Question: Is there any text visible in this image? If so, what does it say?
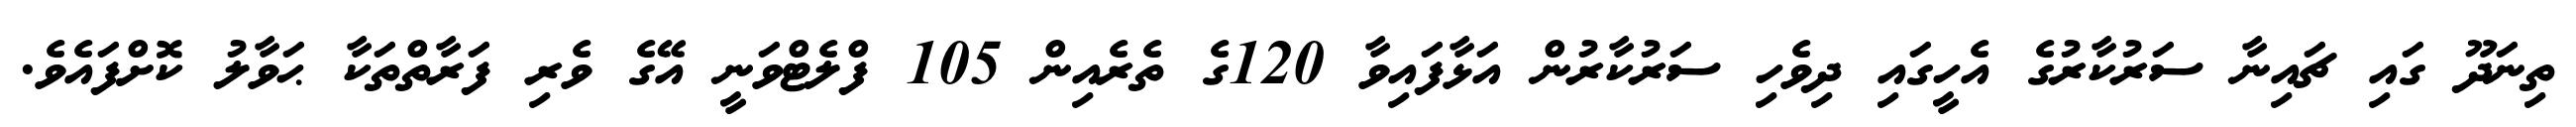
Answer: ތިނަދޫ ގައި ޗައިނާ ސަރުކާރުގެ އެހީގައި ދިވެހި ސަރުކާރުން އަޅާފައިވާ 120ގެ ތެރެއިން 105 ފްލެޓްވަނީ އޭގެ ވެރި ފަރާތްތަކާ ޙަވާލު ކޮށްފައެވެ.